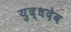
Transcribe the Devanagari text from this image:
युद्धदेव